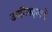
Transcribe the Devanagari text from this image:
उपनिषदनाचे